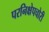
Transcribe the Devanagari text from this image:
परनिक्षेपचोरी